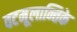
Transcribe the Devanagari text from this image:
वटमूलान्तिके